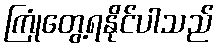
ကြုံတွေ့ရနိုင်ပါသည်